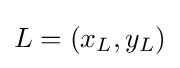
L=(x_{L},y_{L})